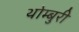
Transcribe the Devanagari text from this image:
थोम्बुरी